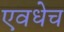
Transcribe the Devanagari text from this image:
एवधेच